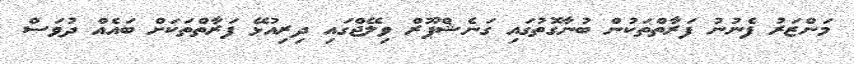
މަންޒަރު ފެނުނު ފަރާތްތަކުން ބުނާގޮތުގައި ގަނެޝްޕޫރް ވިލޭޖްގައި ދިރިއުޅޭ ފަރާތްތަަކަށް ބައެއް ދުވަސް